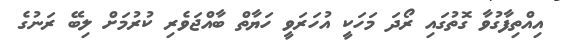
އިއްތިފާގުވާ ގޮތުގައި ރޯދަ މަހަކީ އުހަރަވީ ހަޔާތް ބާއްޖަވެރި ކުރުމަށް ލިބޭ ރަނުގެ